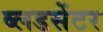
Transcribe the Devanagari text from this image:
ब्लडसेंटर